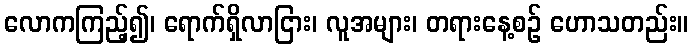
လောကကြည့်၍၊ ရောက်ရှိလာငြား၊ လူအများ၊ တရားနေ့စဉ် ဟောသတည်း။